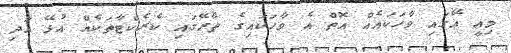
މިއީ އޭގައި ވާހަކައެއް އޮތް އެ ވާހަކައިގެ ތެރޭގައި ކެރެކްޓާތަކެއް އުޅޭ އަދި